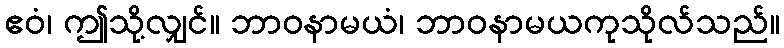
ဧဝံ၊ ဤသို့လျှင်။ ဘာဝနာမယံ၊ ဘာဝနာမယကုသိုလ်သည်။